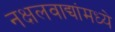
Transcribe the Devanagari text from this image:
नक्षलवाद्यांमध्ये